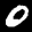
Label: 0